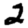
Digit: 2